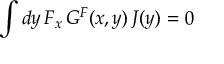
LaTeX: \int d y \, { \cal F } _ { x } \, G ^ { \cal F } ( x , y ) \, J ( y ) = 0